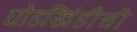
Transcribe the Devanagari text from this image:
घोडखिंडीची